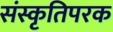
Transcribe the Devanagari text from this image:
संस्कृतिपरक